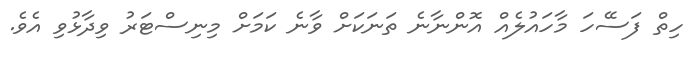
ހިތް ފަސޭހަ މާހައުލެއް އޮންނާނެ ތަނަކަށް ވާނެ ކަމަށް މިނިސްޓަރު ވިދާޅުވި އެވެ.